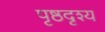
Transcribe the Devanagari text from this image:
पृष्ठदृश्य